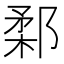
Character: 𨜙